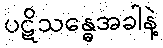
ပဋိသန္ဓေအခါနဲ့